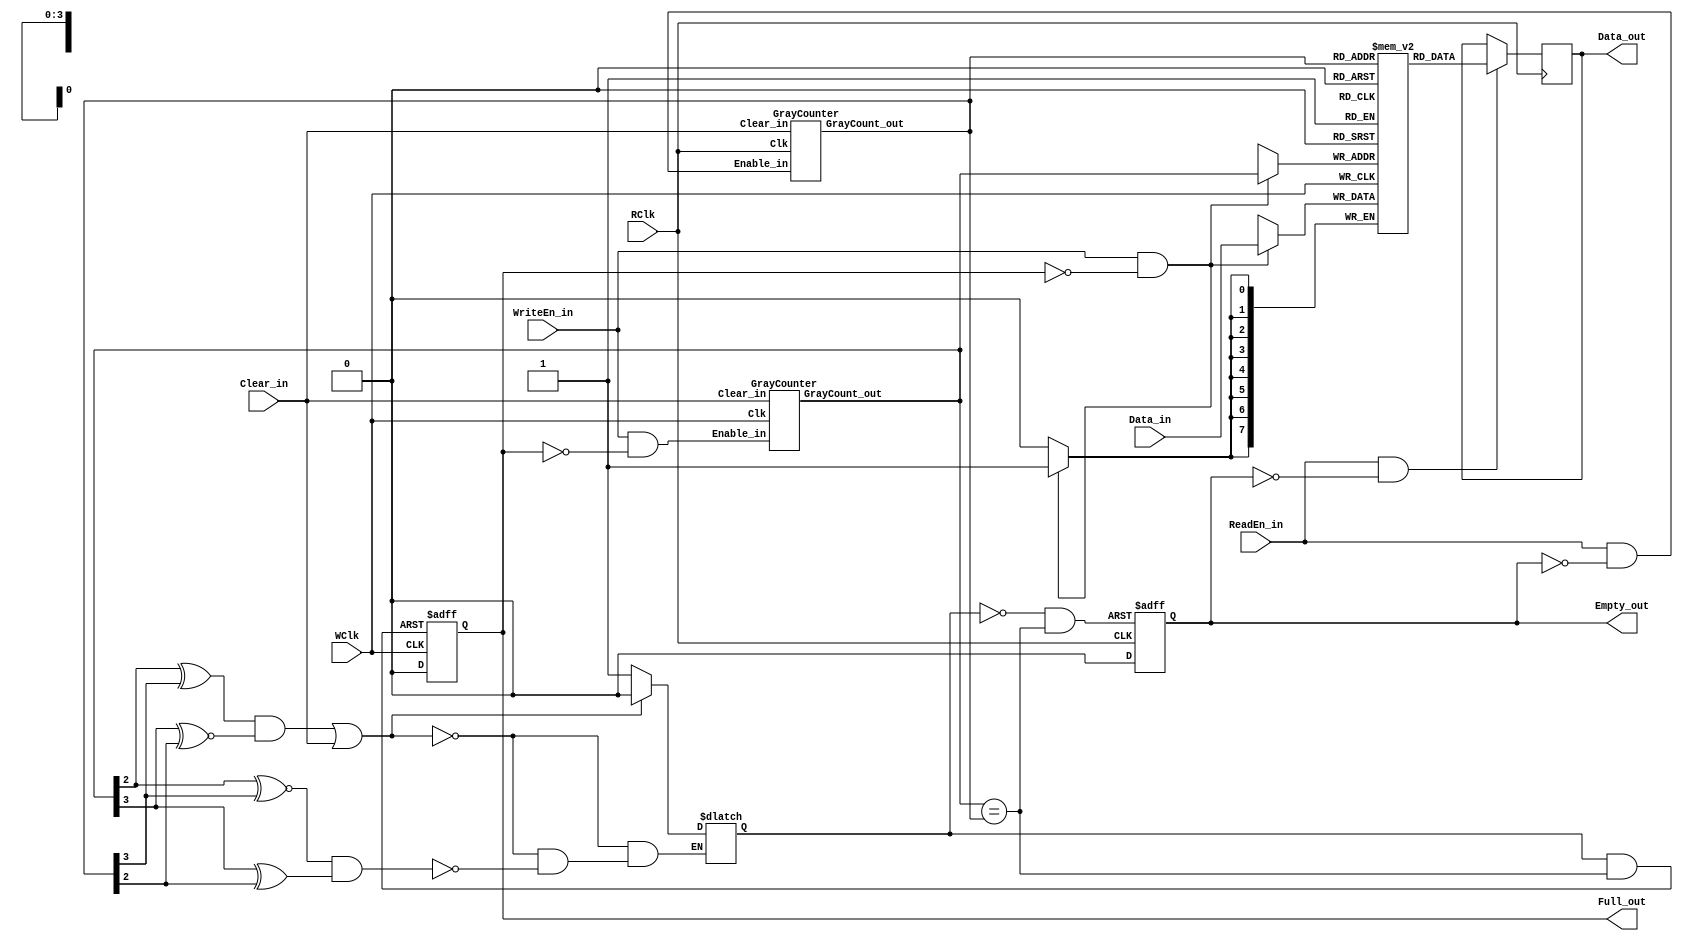

module async_fifo
  #(parameter    DATA_WIDTH    = 8,
                 ADDRESS_WIDTH = 4,
                 FIFO_DEPTH    = (1 << ADDRESS_WIDTH))
     //Reading port
    (output reg  [DATA_WIDTH-1:0]        Data_out, 
     output reg                          Empty_out,
     input wire                          ReadEn_in,
     input wire                          RClk,        
     //Writing port.	 
     input wire  [DATA_WIDTH-1:0]        Data_in,  
     output reg                          Full_out,
     input wire                          WriteEn_in,
     input wire                          WClk,	 
 
     input wire                          Clear_in
    );
 
    reg   [DATA_WIDTH-1:0]              Mem [FIFO_DEPTH-1:0];             //memory
    wire  [ADDRESS_WIDTH-1:0]           pNextWordToWrite, pNextWordToRead; //r/w pointers
    wire                                EqualAddresses;
    wire                                NextWriteAddressEn, NextReadAddressEn;
    wire                                Set_Status, Rst_Status;
    reg                                 Status;
    wire                                PresetFull, PresetEmpty;
    
    //(Uses a dual-port RAM).
    //read data logic:
    always @ (posedge RClk)
        if (ReadEn_in & !Empty_out)     //fifo             
            Data_out <= Mem[pNextWordToRead];   //
            
    //write data logic:
    always @ (posedge WClk)
        if (WriteEn_in & !Full_out)     //fifo
            Mem[pNextWordToWrite] <= Data_in;  //
 
    //Fifo addresses support logic: 
    //'Next Addresses' enable logic:
    assign NextWriteAddressEn = WriteEn_in & ~Full_out;   //&fifo
    assign NextReadAddressEn  = ReadEn_in  & ~Empty_out;  //&fifo
           
    //Addreses (Gray counters) logic:
    GrayCounter GrayCounter_pWr
       (.GrayCount_out(pNextWordToWrite),   
        .Enable_in(NextWriteAddressEn),
        .Clear_in(Clear_in),       
        .Clk(WClk)
       );
       
    GrayCounter GrayCounter_pRd
       (.GrayCount_out(pNextWordToRead),
        .Enable_in(NextReadAddressEn),
        .Clear_in(Clear_in),
        .Clk(RClk)
       );
     
 
    //'EqualAddresses' logic:
    assign EqualAddresses = (pNextWordToWrite == pNextWordToRead);
 
    //'Quadrant selectors' logic:
    assign Set_Status = (pNextWordToWrite[ADDRESS_WIDTH-2] ~^ pNextWordToRead[ADDRESS_WIDTH-1]) &
                         (pNextWordToWrite[ADDRESS_WIDTH-1] ^  pNextWordToRead[ADDRESS_WIDTH-2]);
                            
    assign Rst_Status = (pNextWordToWrite[ADDRESS_WIDTH-2] ^  pNextWordToRead[ADDRESS_WIDTH-1]) &
                         (pNextWordToWrite[ADDRESS_WIDTH-1] ~^ pNextWordToRead[ADDRESS_WIDTH-2]);
                         
    //'Status' latch logic:
    always @ (Set_Status, Rst_Status, Clear_in) //D Latch w/ Asynchronous Clear & Preset.
        if (Rst_Status | Clear_in)
            Status = 0;  //Going 'Empty'.
        else if (Set_Status)
            Status = 1;  //Going 'Full'.
            
    //'Full_out' logic for the writing port:
    assign PresetFull = Status & EqualAddresses;  //'Full' Fifo.
    
    always @ (posedge WClk, posedge PresetFull) //D Flip-Flop w/ Asynchronous Preset.
        if (PresetFull)
            Full_out <= 1;
        else
            Full_out <= 0;
            
    //'Empty_out' logic for the reading port:
    assign PresetEmpty = ~Status & EqualAddresses;  //'Empty' Fifo.
    
    always @ (posedge RClk, posedge PresetEmpty)  //D Flip-Flop w/ Asynchronous Preset.
        if (PresetEmpty)
            Empty_out <= 1;
        else
            Empty_out <= 0;
            
endmodule

module GrayCounter
   #(parameter   COUNTER_WIDTH = 4) 
    (output reg  [COUNTER_WIDTH-1:0]    GrayCount_out,  //'Gray' code count output.    
     input wire                         Enable_in,  //Count enable.
     input wire                         Clear_in,   //Count reset.    
     input wire                         Clk);
 

    reg    [COUNTER_WIDTH-1:0]         BinaryCount;
 
   
    always @ (posedge Clk)
        if (Clear_in) begin
            BinaryCount   <= {COUNTER_WIDTH{1'b 0}} + 1;  //Gray count begins @ '1' with
            GrayCount_out <= {COUNTER_WIDTH{1'b 0}};      // first 'Enable_in'.
        end
        else if (Enable_in) begin
            BinaryCount   <= BinaryCount + 1;
            GrayCount_out <= {BinaryCount[COUNTER_WIDTH-1],
                              BinaryCount[COUNTER_WIDTH-2:0] ^ BinaryCount[COUNTER_WIDTH-1:1]};
        end
    
endmodule